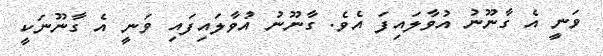
ވަނީ އެ ގާނޫނު އުވާލައިފަ އެވެ. ގާނޫނު އުވާލައިފައި ވަނީ އެ ގާނޫނަކީ